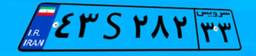
۴۳S۲۸۲۳۳